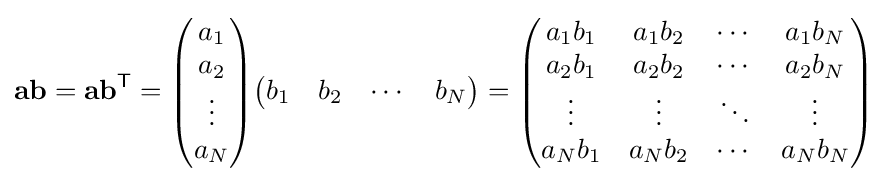
\mathbf {ab} =\mathbf {ab} ^{\mathsf {T}}={\begin{pmatrix}a_{1}\\a_{2}\\\vdots \\a_{N}\end{pmatrix}}{\begin{pmatrix}b_{1}&b_{2}&\cdots &b_{N}\end{pmatrix}}={\begin{pmatrix}a_{1}b_{1}&a_{1}b_{2}&\cdots &a_{1}b_{N}\\a_{2}b_{1}&a_{2}b_{2}&\cdots &a_{2}b_{N}\\\vdots &\vdots &\ddots &\vdots \\a_{N}b_{1}&a_{N}b_{2}&\cdots &a_{N}b_{N}\end{pmatrix}}